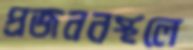
প্রজননস্থলে